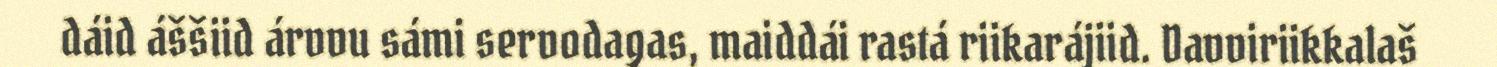
dáid áššiid árvvu sámi servodagas, maiddái rastá riikarájiid. Davviriikkalaš